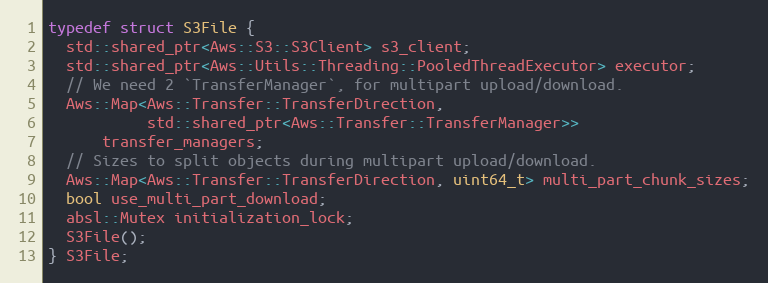
Language: C
typedef struct S3File {
  std::shared_ptr<Aws::S3::S3Client> s3_client;
  std::shared_ptr<Aws::Utils::Threading::PooledThreadExecutor> executor;
  // We need 2 `TransferManager`, for multipart upload/download.
  Aws::Map<Aws::Transfer::TransferDirection,
           std::shared_ptr<Aws::Transfer::TransferManager>>
      transfer_managers;
  // Sizes to split objects during multipart upload/download.
  Aws::Map<Aws::Transfer::TransferDirection, uint64_t> multi_part_chunk_sizes;
  bool use_multi_part_download;
  absl::Mutex initialization_lock;
  S3File();
} S3File;